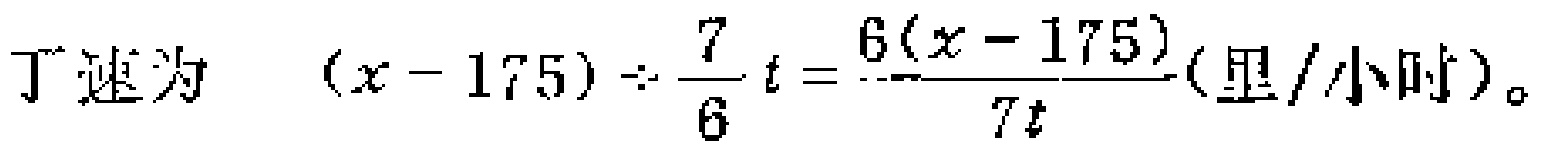
丁速为 \((x - 175) \div \frac{7}{6}t = \frac{6(x - 175)}{7t}(\text{里}/\text{小时})\)。